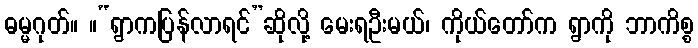
ဓမ္မဂုတ်။ ။“ရွာကပြန်လာရင်”ဆိုလို့ မေးရဦးမယ်၊ ကိုယ်တော်က ရွာကို ဘာကိစ္စ